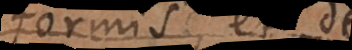
formis et de